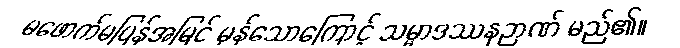
မဖောက်မပြန်အမြင် မှန်သောကြောင့် သမ္မာဒဿနဉာဏ် မည်၏။